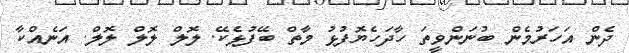
ދެން އަހަރުމެން ބުނަންވީތަ ހާދަހެޔޮފުޅު މާތް ބޭފުޅެކޭ. ލޮލް ލޮލް ލޮލް. އަނެއްކާ